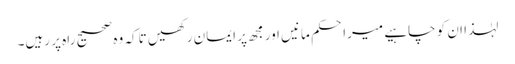
لہٰذا ان کو چاہیے میراحکم مانیں اور مجھ پر ایمان رکھیں تاکہ وہ صحیح راہ پر رہیں۔